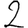
Digit: 2